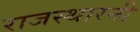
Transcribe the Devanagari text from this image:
राजस्थारनी